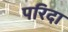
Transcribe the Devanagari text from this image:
परिदा